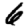
Digit: 6